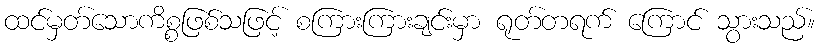
ထင်မှတ်သောကိစ္စဖြစ်သဖြင့် စကြားကြားချင်းမှာ ရုတ်တရက် ကြောင် သွားသည်။